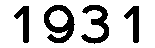
1931